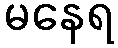
မနေရ